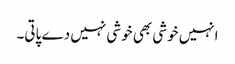
انہیں خوشی بھی خوشی نہیں دے پاتی۔